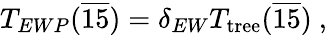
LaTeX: T_{EWP}({\overline{{{15}}}})=\delta_{EW}T_{\mathrm{tree}}({\overline{{{15}}}})~,